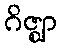
ဂိဇ္ဈာ